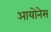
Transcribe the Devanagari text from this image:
आयोनेस